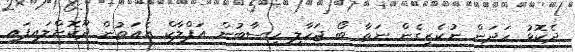
ދެކޮޅު ހަދަން ނުކެރިގެން ނަތާ ބޯ ޖަހާލި ހިސާބުން އަފްލާކް އެއަތުން ދޫކޮށްލައިފައި